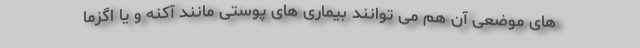
های موضعی آن هم می توانند بیماری‌ های پوستی مانند آکنه و یا اگزما